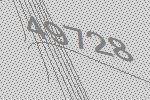
49728